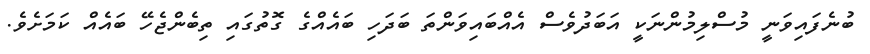
ބުނެފައިވަނީ މުސްލިމުންނަކީ އަބަދުވެސް އެއްބައިވަންތަ ބަދަހި ބައެއްގެ ގޮތުގައި ތިބެންޖެހޭ ބައެއް ކަމަށެވެ.